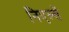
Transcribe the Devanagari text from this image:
निएल्सें